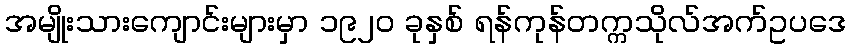
အမျိုးသားကျောင်းများမှာ ၁၉၂၀ ခုနှစ် ရန်ကုန်တက္ကသိုလ်အက်ဥပဒေ